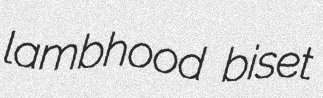
lambhood biset